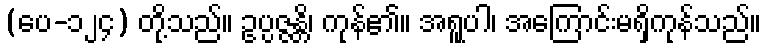
(ပေ-၁၂၄) တို့သည်။ ဥပ္ပဇ္ဇန္တိ၊ ကုန်၏။ အရူပါ၊ အကြောင်းမရှိကုန်သည်။